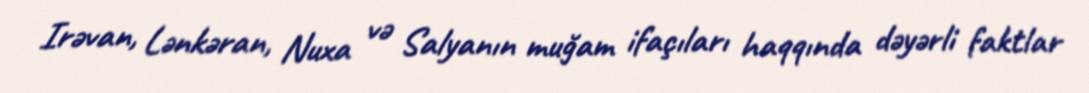
Irəvan, Lənkəran, Nuxa və Salyanın muğam ifaçıları haqqında dəyərli faktlar